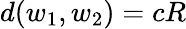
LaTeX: d(w_{1},w_{2})=cR